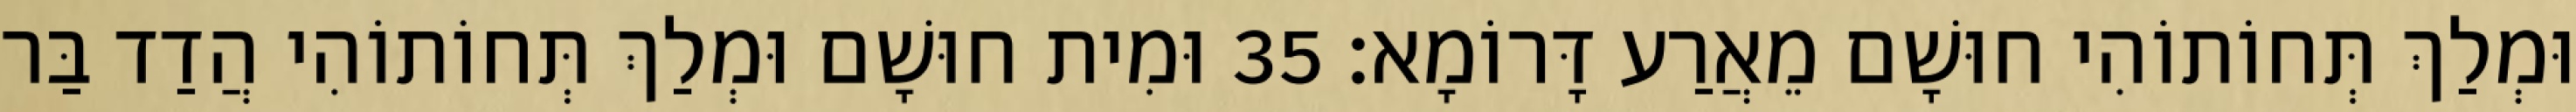
וּמְלַךְ תְּחוֹתוֹהִי חוּשָׁם מֵאֲרַע דָּרוֹמָא׃ 35 וּמִית חוּשָׁם וּמְלַךְ תְּחוֹתוֹהִי הֲדַד בַּר